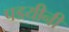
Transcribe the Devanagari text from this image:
पडयीनी